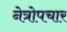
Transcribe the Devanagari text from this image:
नेत्रोपचार